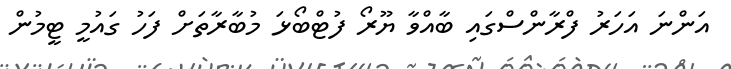
އަންނަ އަހަރު ފްރާންސްގައި ބާއްވާ ޔޫރޯ ފުޓްބޯޅަ މުބާރާތަށް ފަހު ގައުމީ ޓީމުން